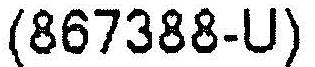
(867388-U)